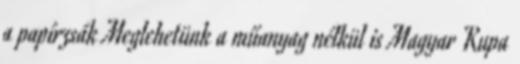
a papírzsák Meglehetünk a műanyag nélkül is Magyar Kupa